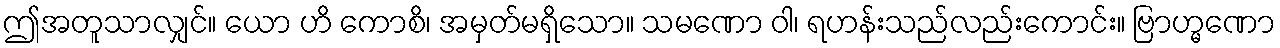
ဤအတူသာလျှင်။ ယော ဟိ ကောစိ၊ အမှတ်မရှိသော။ သမဏော ဝါ၊ ရဟန်းသည်လည်းကောင်း။ ဗြာဟ္မဏော